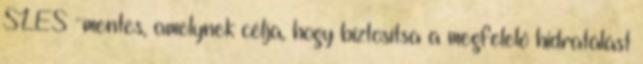
SLES -mentes, amelynek célja, hogy biztosítsa a megfelelő hidratálást